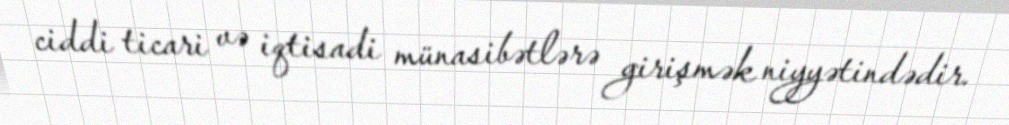
ciddi ticari və iqtisadi münasibətlərə girişmək niyyətindədir.